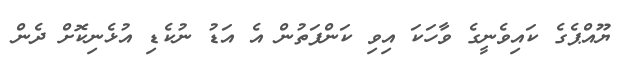
ޔޫއްޕެގެ ކައިވެނީގެ ވާހަކަ އިވި ކަންފަތުން އެ އަޑު ނުކެޑި އުޅެނިކޮށް ދެން